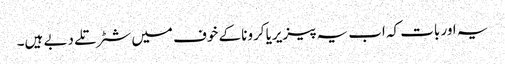
یہ اور بات کہ اب یہ پیزیریا کرونا کے خوف میں شٹر تلے دبے ہیں۔